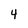
Character: 4